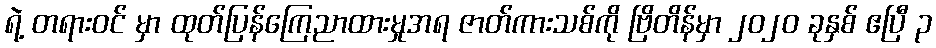
ရဲ့ တရားဝင် မှာ ထုတ်ပြန်ကြေညာထားမှုအရ ဇာတ်ကားသစ်ကို ဗြိတိန်မှာ ၂၀၂၀ ခုနှစ် ဧပြီ ၃